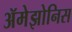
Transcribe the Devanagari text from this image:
ॲमेझोनिस